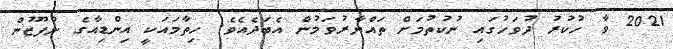
2021 ވާ ހުކުރު ދުވަހުގައި ނުކުތުމަށް ތައްޔާރުވަމުން އެބަދެއެވެ. ހިތާމައަކީ އިންޑިއާގެ ނުފޫޒުން